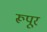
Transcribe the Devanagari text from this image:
रूपूर